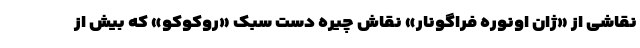
نقاشی از «ژان اونوره فراگونار» نقاش چیره دست سبک «روکوکو» که بیش از